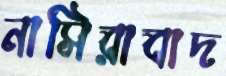
নাসিরাবাদ